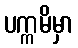
ပက္ကမိမှာ